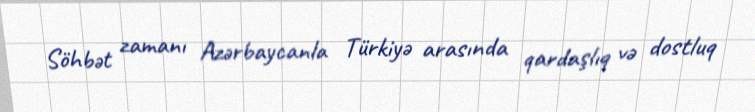
Söhbət zamanı Azərbaycanla Türkiyə arasında qardaşlıq və dostluq